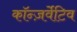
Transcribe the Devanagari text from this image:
कॉन्ज़र्वेटिव